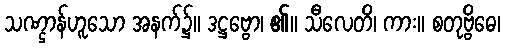
သဏ္ဌာန်ဟူသော အနက်၌။ ဒဋ္ဌဗ္ဗော၊ ၏။ သီလေတိ၊ ကား။ စတုဗ္ဗိဓေ၊